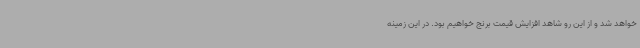
خواهد شد و از این رو شاهد افزایش قیمت برنج خواهیم بود. در این زمینه